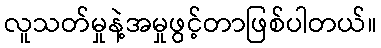
လူသတ်မှုနဲ့အမှုဖွင့်တာဖြစ်ပါတယ်။